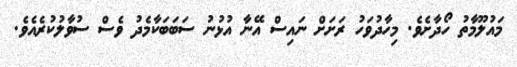
މައުލޫމާތު ހޯދާށެވެ. މިހާދުވަހު ރަށަށް ނައިސް އޭނާ އުޅުނު ސަބަބަކާމެދު ވެސް ސުވާލުކުރެއެވެ.